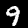
Digit: 9